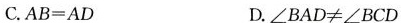
C.AB=AD D.∠BAD≠∠BCD